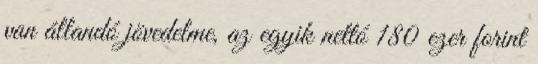
van állandó jövedelme, az egyik nettó 180 ezer forint